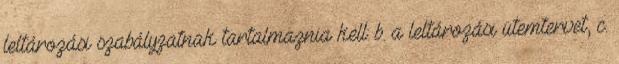
leltározási szabályzatnak tartalmaznia kell: b. a leltározási ütemtervet, c.